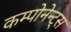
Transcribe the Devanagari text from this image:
कम्पोनेन्ट्स